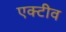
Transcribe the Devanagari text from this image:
एक्टीव